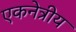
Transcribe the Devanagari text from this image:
एकनेत्रीय